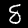
Digit: 8